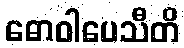
ဓောဝါပေသီတိ